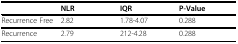
<table><thead><tr><td></td><td><b>NLR</b></td><td><b>IQR</b></td><td><b>P-Value</b></td></tr></thead><tbody><tr><td>Recurrence Free</td><td>2.82</td><td>1.78-4.07</td><td>0.288</td></tr><tr><td>Recurrence</td><td>2.79</td><td>212-4.28</td><td>0.288</td></tr></tbody></table>